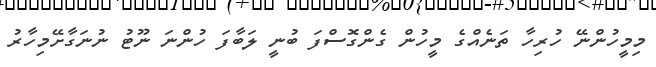
މިމީހުންނޭ ހުރިހާ ތަނެއްގެ މީހުން ގެންގޮސްފަ ބުނީ ލަބާފަ ހުންނަ ނޫޓު ނުނަގާށޭމިހާރު